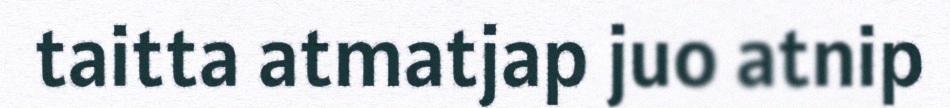
taitta atmatjap juo atnip